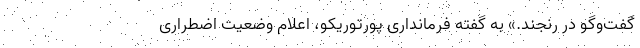
گفت‌وگو در رنجند.» به گفته فرمانداری پورتوریکو، اعلام وضعیت اضطراری